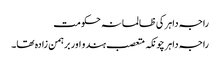
راجہ داہر کی ظالمانہ حکومت
راجہ داہر چونکہ متعصب ہندو اور برہمن زادہ تھا۔